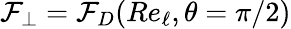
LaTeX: \mathcal{F}_{\perp}=\mathcal{F}_{D}(\textit{Re}_{\ell},\theta=\pi/2)